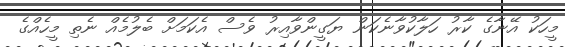
މީހަކު އޭނާގެ ކާރު ހަލާކުވާނެކަން ޔަގީންވާއިރު ވެސް އެކަމަށް ބެލުމެއް ނެތި މީހެއްގެ